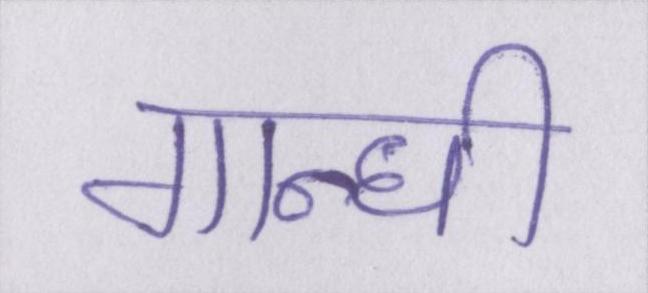
गान्धी